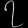
Digit: ၇